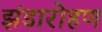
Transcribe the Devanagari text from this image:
झंडारोहण